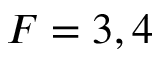
F = 3 , 4